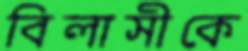
বিলাসীকে